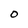
Character: 0